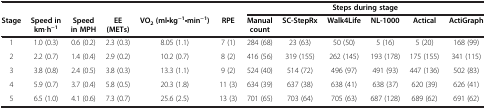
<table><thead><tr><td><b> </b></td><td><b> </b></td><td><b> </b></td><td><b> </b></td><td><b> </b></td><td><b> </b></td><td colspan="6"><b>Steps during stage</b></td></tr><tr><td><b>Stage</b></td><td><b>Speed in km•h<sup>−1</sup></b></td><td><b>Speed in MPH</b></td><td><b>EE (METs)</b></td><td><b>VO<sub>2 </sub>(ml•kg<sup>−1</sup>•min<sup>−1</sup>)</b></td><td><b>RPE</b></td><td><b>Manual count</b></td><td><b>SC-StepRx</b></td><td><b>Walk4Life</b></td><td><b>NL-1000</b></td><td><b>Actical</b></td><td><b>ActiGraph</b></td></tr></thead><tbody><tr><td>1</td><td>1.0 (0.3)</td><td>0.6 (0.2)</td><td>2.3 (0.3)</td><td>8.05 (1.1)</td><td>7 (1)</td><td>284 (68)</td><td>23 (63)</td><td>50 (50)</td><td>5 (16)</td><td>5 (20)</td><td>168 (99)</td></tr><tr><td>2</td><td>2.2 (0.7)</td><td>1.4 (0.4)</td><td>2.9 (0.2)</td><td>10.2 (0.7)</td><td>8 (2)</td><td>416 (56)</td><td>319 (155)</td><td>262 (145)</td><td>193 (178)</td><td>175 (155)</td><td>341 (115)</td></tr><tr><td>3</td><td>3.8 (0.8)</td><td>2.4 (0.5)</td><td>3.8 (0.3)</td><td>13.3 (1.1)</td><td>9 (2)</td><td>524 (40)</td><td>514 (72)</td><td>496 (97)</td><td>491 (93)</td><td>447 (136)</td><td>502 (83)</td></tr><tr><td>4</td><td>5.9 (0.7)</td><td>3.7 (0.4)</td><td>5.8 (0.5)</td><td>20.3 (1.8)</td><td>11 (3)</td><td>634 (39)</td><td>637 (38)</td><td>638 (41)</td><td>638 (37)</td><td>620 (39)</td><td>626 (41)</td></tr><tr><td>5</td><td>6.5 (1.0)</td><td>4.1 (0.6)</td><td>7.3 (0.7)</td><td>25.6 (2.5)</td><td>13 (3)</td><td>701 (65)</td><td>703 (64)</td><td>705 (63)</td><td>687 (128)</td><td>689 (62)</td><td>691 (62)</td></tr></tbody></table>